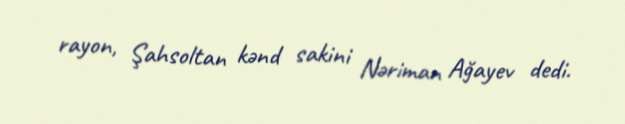
rayon, Şahsoltan kənd sakini Nəriman Ağayev dedi.